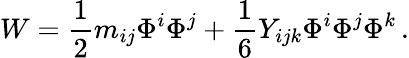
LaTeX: W=\frac{1}{2}m_{ij}\Phi^{i}\Phi^{j}+\frac{1}{6}Y_{ijk}\Phi^{i}\Phi^{j}\Phi^{k}\, .